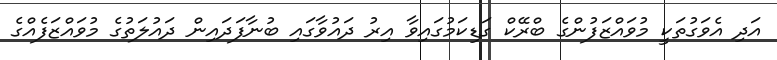
އަދި އެވަގުތަކީ މުވައްޒަފުންގެ ބްރޭކް ގަޑިކަމުގައިވާ އިރު ދައުވާގައި ބުނާފަދައިން ދައުލަތުގެ މުވައްޒަފެއްގެ